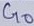
Text: G0